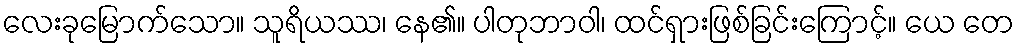
လေးခုမြောက်သော။ သူရိယဿ၊ နေ၏။ ပါတုဘာဝါ၊ ထင်ရှားဖြစ်ခြင်းကြောင့်။ ယေ တေ